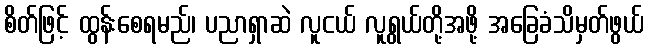
စိတ်ဖြင့် ထွန်းစေရမည်၊ ပညာရှာဆဲ လူငယ် လူရွယ်တို့အဖို့ အခြေခံသိမှတ်ဖွယ်